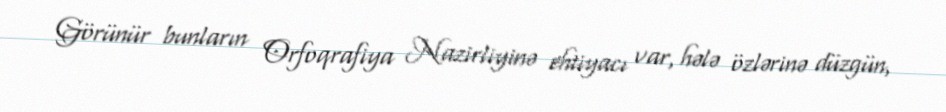
Görünür bunların Orfoqrafiya Nazirliyinə ehtiyacı var, hələ özlərinə düzgün,